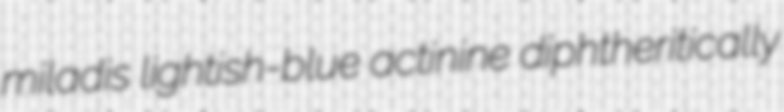
miladis lightish-blue actinine diphtheritically